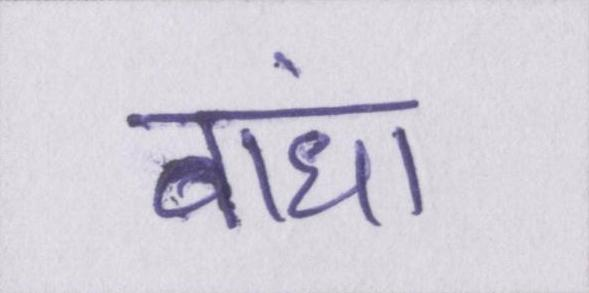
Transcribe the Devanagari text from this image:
बांधा